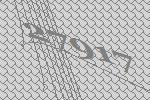
27917